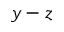
y - z